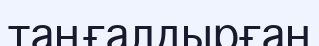
таңғалдырған